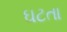
ઘટતા